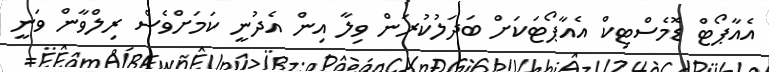
އެއާޕޯޓް ޑޮމެސްޓިކް އެއާޕޯޓަކަށް ބަދަލުކުރަން ވިލާ އިން އެދުނީ ކަމަށްވެސް ރިލްވާން ވަނީ